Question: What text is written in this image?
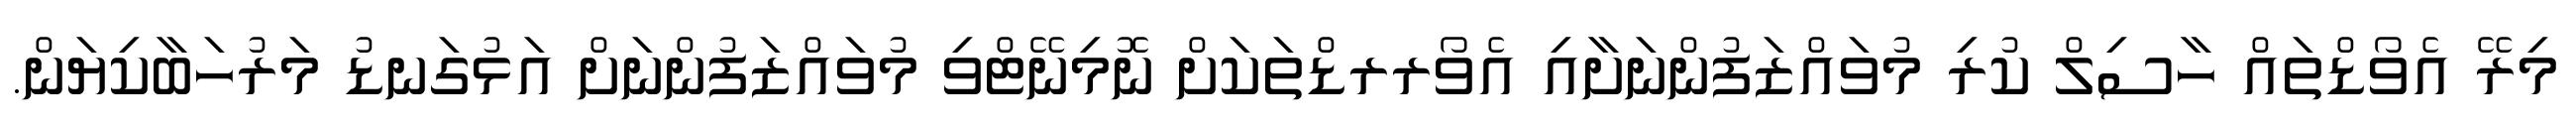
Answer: މިރޭ އެވޯޑްތައް ހާސިލް ކުރި މުވައްޒަފުންނަށާއި އެވޯރރޑްތަކަށް ނޮމިނޭޓްވި މުވައްޒަފުންނަށް އަޅުގަނޑު މަރުހަބާކިޔަން.